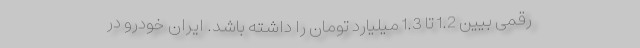
رقمی بیین 1.2 تا 1.3 میلیارد تومان را داشته باشد. ایران خودرو در